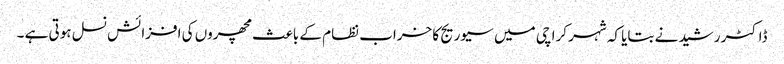
ڈاکٹر رشید نے بتایا کہ شہر کرا چی میں سیوریج کا خراب نظام کے باعث مچھروں کی افزائش نسل ہوتی ہے ۔